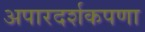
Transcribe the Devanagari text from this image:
अपारदर्शकपणा